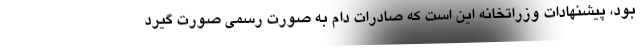
بود، پیشنهادات وزراتخانه این است که صادرات دام به صورت رسمی صورت گیرد